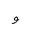
Letter: _waw